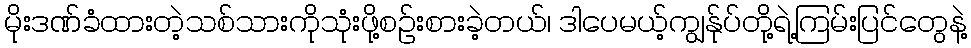
မိုးဒဏ်ခံထားတဲ့သစ်သားကိုသုံးဖို့စဉ်းစားခဲ့တယ်၊ ဒါပေမယ့်ကျွန်ုပ်တို့ရဲ့ကြမ်းပြင်တွေနဲ့